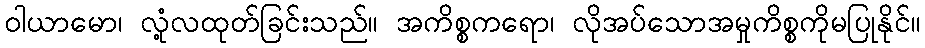
ဝါယာမော၊ လုံ့လထုတ်ခြင်းသည်။ အကိစ္စကရော၊ လိုအပ်သောအမှုကိစ္စကိုမပြုနိုင်။